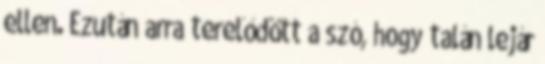
ellen. Ezután arra terelődött a szó, hogy talán lejár